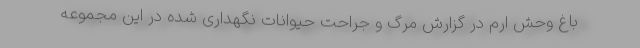
باغ وحش ارم در گزارش مرگ و جراحت حیوانات نگهداری شده در این مجموعه